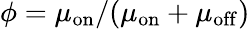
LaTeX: \phi=\mu_{\mathrm{on}}/(\mu_{\mathrm{on}}+\mu_{\mathrm{off}})